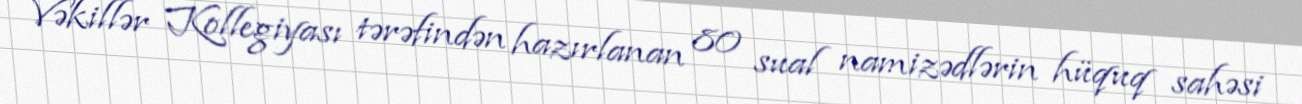
Vəkillər Kollegiyası tərəfindən hazırlanan 80 sual namizədlərin hüquq sahəsi